Annual report on vaccination in Mysore, 1878-1879 - 1878-1879
Year: 1878
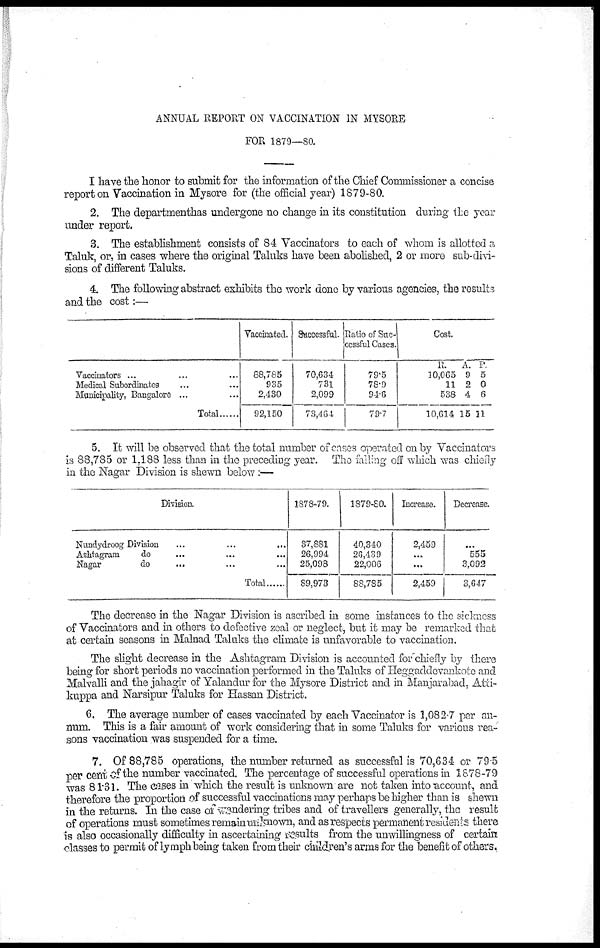
ANNUAL REPORT ON VACCINATION IN MYSORE
FOR 1879—80.
I have the honor to submit for the information of the Chief Commissioner a concise
report on Vaccination in Mysore for (the official year) 1879-80.
2. The department has undergone no change in its constitution during the year
under report.
3. The establishment consists of 84 Vaccinators to each of whom is allotted a
Taluk, or, in cases where the original Taluks have been abolished, 2 or more sub-divi¬
sions of different Taluks.
4. The following abstract exhibits the work done by various agencies, the results
and the cost:—
Vaccinators ... ... ...
Medical Subordinates ... ...
Municipality, Bangalore ... ...
Total
Vaccinated.
88,785
935
2,430
92,150
Successful.
70,634
731
2,099
73,464
Ratio of Suc-
cessful Cases.
79.5
78.9
94.6
79.7
Cost.
R.
10,065
11
538
10,614
A.
9
2
4
15
P.
5
0
6
11
5. It will be observed that the total number of cases operated on by Vaccinators
is 88,785 or 1,188 less than in the preceding year. The falling off which was chiefly
in the Nagar Division is shewn below :—
Division.
Nundydroog Division
...
...
...
Ashtagram
do ... ... ...
Nagar
do ... ... ...
Total
1878-79.
37,881
26,994
25,098
89,973
1879-80.
40,340
26,439
22,006
88,785
Increase.
2,459
...
...
2,459
Decrease.
...
555
3,092
3,647
The decrease in the Nagar Division is ascribed in some instances to the sickness
of Vaccinators and in others to defective zeal or neglect, but it may be remarked that
at certain seasons in Malnad Taluks the climate is unfavorable to vaccination.
The slight decrease in the Ashtagram Division is accounted for chiefly by there
being for short periods no vaccination performed in the Taluks of Heggaddevankote and
Malvalli and the jahagir of Yalandur for the Mysore District and in Manjarabad, Atti¬
kuppa and Narsipur Taluks for Hassan District.
6. The average number of cases vaccinated by each Vaccinator is 1,082.7 per an-
num. This is a fair amount of work considering that in some Taluks for various rea-
sons vaccination was suspended for a time.
7. Of 88,785 operations, the number returned as successful is 70,634 or 79.5
per cent of the number vaccinated. The percentage of successful operations in 1878-79
was 81.31. The cases in which the result is unknown are not taken into account, and
therefore the proportion of successful vaccinations may perhaps be higher than is shewn
in the returns. In the case of wandering tribes and of travellers generally, the result
of operations must sometimes remain unknown, and as respects permanent residents there
is also occasionally difficulty in ascertaining results from the unwillingness of certain
classes to permit of lymph being taken from their children's arms for the benefit of others.